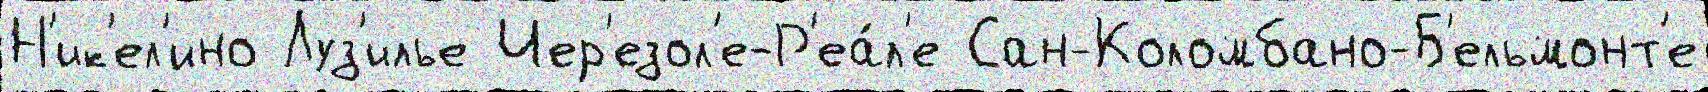
Н'ик'ел'ино Луз'илье Чер'езол'е-Р'еа́л'е Сан-Коломбано-Б'ельмонт'е